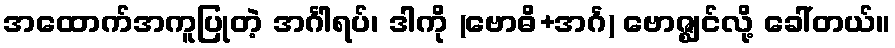
အထောက်အကူပြုတဲ့ အင်္ဂါရပ်၊ ဒါကို (ဗောဓိ+အင်္ဂ) ဗောဇ္ဈင်လို့ ခေါ်တယ်။